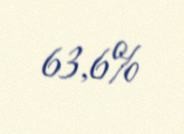
63,6%